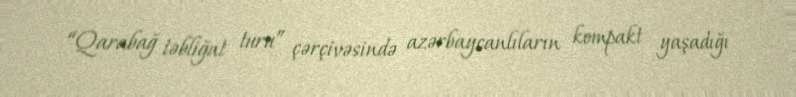
“Qarabağ təbliğat turu” çərçivəsində azərbaycanlıların kompakt yaşadığı